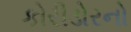
કોરીડોરનો